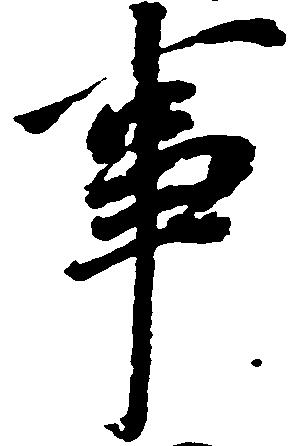
事